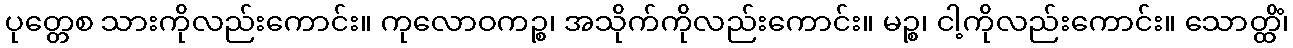
ပုတ္တေစ သားကိုလည်းကောင်း။ ကုလောဝကဉ္စ၊ အသိုက်ကိုလည်းကောင်း။ မဉ္စ၊ ငါ့ကိုလည်းကောင်း။ သောတ္ထိံ၊